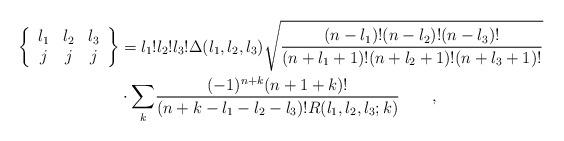
LaTeX: \begin{align*}\left\{\begin{array}[c]{ccc}l_{1} & l_{2} & l_{3}\\j & j & j\end{array}\right\} & =l_{1}!l_{2}!l_{3}!\Delta(l_{1},l_{2},l_{3})\sqrt{\frac{(n-l_{1})!(n-l_{2})!(n-l_{3})!}{(n+l_{1}+1)!(n+l_{2}+1)!(n+l_{3}+1)!}}\\& \cdot\displaystyle{\sum_{k}}\frac{(-1)^{n+k}(n+1+k)!}{(n+k-l_{1}-l_{2}-l_{3})!R(l_{1},l_{2},l_{3};k)}\quad\quad,\end{align*}